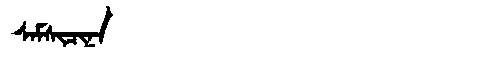
Manchu: ᠰᠠᠮᠰᡳᠴᡳᠨᠠ
Romanization: SAMSICINA